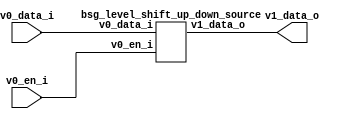
// This program was cloned from: https://github.com/chipsalliance/UHDM-integration-tests
// License: Apache License 2.0



module top
(
  v0_en_i,
  v0_data_i,
  v1_data_o
);

  input [15:0] v0_data_i;
  output [15:0] v1_data_o;
  input v0_en_i;

  bsg_level_shift_up_down_source
  wrapper
  (
    .v0_data_i(v0_data_i),
    .v1_data_o(v1_data_o),
    .v0_en_i(v0_en_i)
  );


endmodule



module bsg_level_shift_up_down_source
(
  v0_en_i,
  v0_data_i,
  v1_data_o
);

  input [15:0] v0_data_i;
  output [15:0] v1_data_o;
  input v0_en_i;
  wire [15:0] v1_data_o;
  assign v1_data_o[15] = v0_data_i[15] & v0_en_i;
  assign v1_data_o[14] = v0_data_i[14] & v0_en_i;
  assign v1_data_o[13] = v0_data_i[13] & v0_en_i;
  assign v1_data_o[12] = v0_data_i[12] & v0_en_i;
  assign v1_data_o[11] = v0_data_i[11] & v0_en_i;
  assign v1_data_o[10] = v0_data_i[10] & v0_en_i;
  assign v1_data_o[9] = v0_data_i[9] & v0_en_i;
  assign v1_data_o[8] = v0_data_i[8] & v0_en_i;
  assign v1_data_o[7] = v0_data_i[7] & v0_en_i;
  assign v1_data_o[6] = v0_data_i[6] & v0_en_i;
  assign v1_data_o[5] = v0_data_i[5] & v0_en_i;
  assign v1_data_o[4] = v0_data_i[4] & v0_en_i;
  assign v1_data_o[3] = v0_data_i[3] & v0_en_i;
  assign v1_data_o[2] = v0_data_i[2] & v0_en_i;
  assign v1_data_o[1] = v0_data_i[1] & v0_en_i;
  assign v1_data_o[0] = v0_data_i[0] & v0_en_i;

endmodule